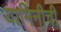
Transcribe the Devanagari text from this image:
यामिनीची